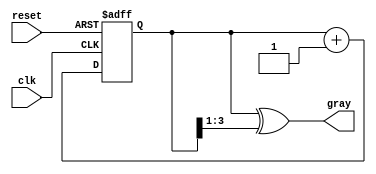
module gray_code_counter #(
    parameter N = 4  // Number of bits for the counter
)(
    input wire clk,          // Clock signal
    input wire reset,        // Reset signal
    output reg [N-1:0] gray  // Gray Code output
);

    reg [N-1:0] binary;      // Binary counter

    // Binary to Gray Code conversion
    function [N-1:0] binary_to_gray;
        input [N-1:0] bin;
        begin
            binary_to_gray = bin ^ (bin >> 1);
        end
    endfunction

    // Synchronous process for counting
    always @(posedge clk or posedge reset) begin
        if (reset) begin
            binary <= 0;       // Reset binary counter to 0
        end else begin
            binary <= binary + 1; // Increment binary counter
        end
    end

    // Update Gray Code output
    always @(binary) begin
        gray <= binary_to_gray(binary); // Convert binary to Gray Code
    end

endmodule